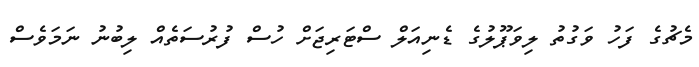
މެޗުގެ ފަހު ވަގުތު ލިވަޕޫލުގެ ޑެނިއަލް ސްޓަރިޖަށް ހުސް ފުރުސަތެއް ލިބުނު ނަމަވެސް